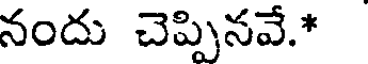
నందు చెప్పినవే.*